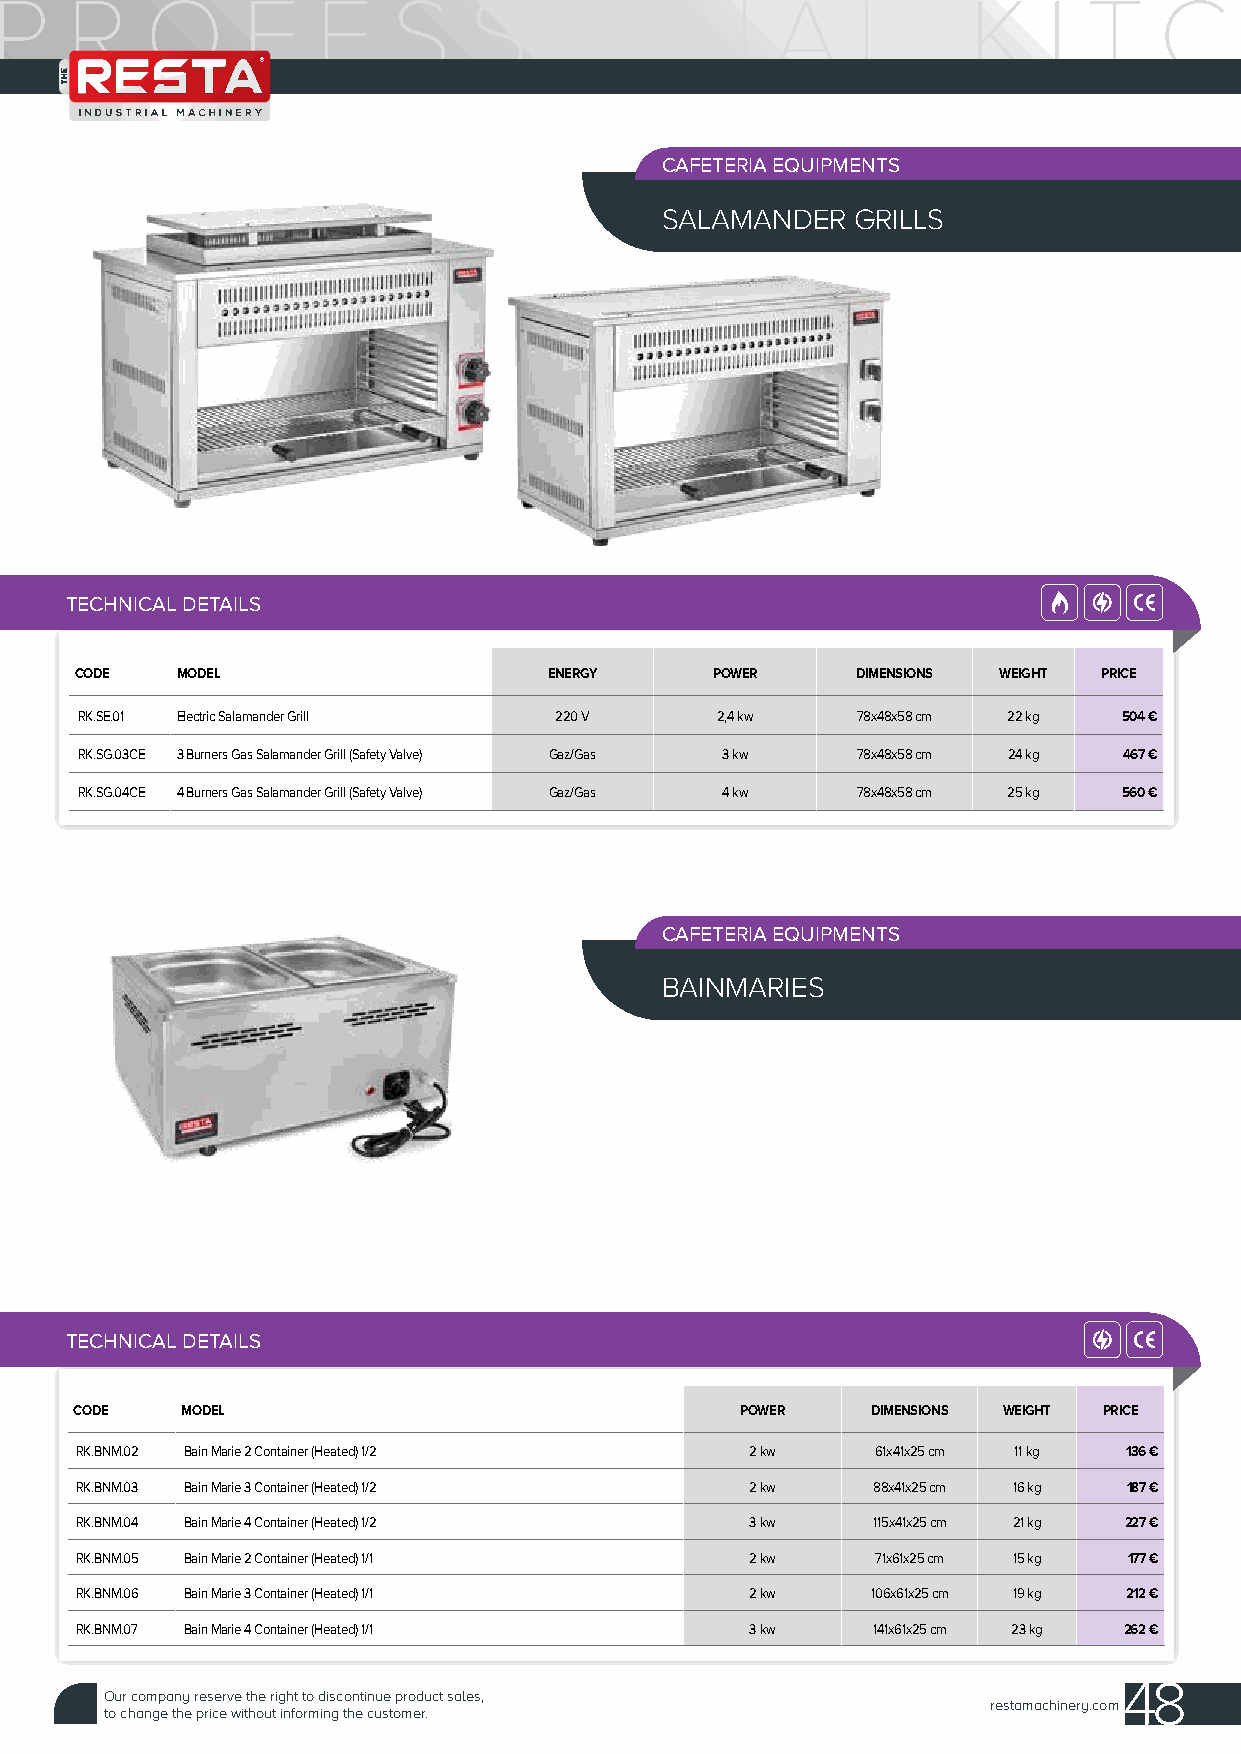
CAFETERIA EQUIPMENTS
 SALAMANDER   GRILLS
 TECHNICAL DETAILS
 CODE   MODEL                   ENERGY     POWER     DIMENSIONS WEIGHT PRICE
 RK.SE.01 Electric Salamander Grill 220 V  2,4 kw    78x48x58 cm 22 kg 504 €
 RK.SG.03CE 3 Burners Gas Salamander Grill (Safety Valve) Gaz/Gas 3 kw 78x48x58 cm 24 kg 467 €
 RK.SG.04CE 4 Burners Gas Salamander Grill (Safety Valve) Gaz/Gas 4 kw 78x48x58 cm 25 kg 560 €
 CAFETERIA EQUIPMENTS
 BAINMARIES
 TECHNICAL DETAILS
 CODE   MODEL                                POWER    DIMENSIONS WEIGHT PRICE
 RK.BNM.02 Bain Marie 2 Container (Heated) 1/2 2 kw   61x41x25 cm 11 kg 136 €
 RK.BNM.03 Bain Marie 3 Container (Heated) 1/2 2 kw   88x41x25 cm 16 kg 187 €
 RK.BNM.04 Bain Marie 4 Container (Heated) 1/2 3 kw   115x41x25 cm 21 kg 227 €
 RK.BNM.05 Bain Marie 2 Container (Heated) 1/1 2 kw   71x61x25 cm 15 kg 177 €
 RK.BNM.06 Bain Marie 3 Container (Heated) 1/1 2 kw   106x61x25 cm 19 kg 212 €
 RK.BNM.07 Bain Marie 4 Container (Heated) 1/1 3 kw   141x61x25 cm 23 kg 262 €
 48
 Our company reserve the right to discontinue product sales,
 restamachinery.com
 to change the price without informing the customer.